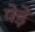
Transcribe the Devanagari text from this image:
पेड़े